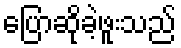
ပြောဆိုခဲ့ဖူးသည်